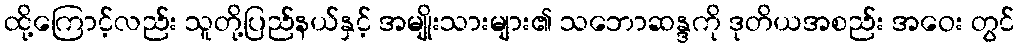
ထို့ကြောင့်လည်း သူတို့ပြည်နယ်နှင့် အမျိုးသားများ၏ သဘောဆန္ဒကို ဒုတိယအစည်း အဝေး တွင်